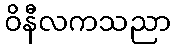
ဝိနီလကသညာ